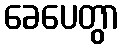
ခေပေတွာ